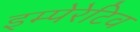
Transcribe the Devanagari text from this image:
इम्पेरेटिव